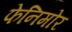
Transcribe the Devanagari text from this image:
फेनिमोर